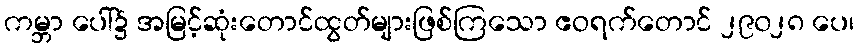
ကမ္ဘာ ပေါ်၌ အမြင့်ဆုံးတောင်ထွတ်များဖြစ်ကြသော ဧဝရက်တောင် ၂၉၀၂၈ ပေ၊